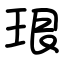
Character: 珢